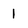
Character: 1